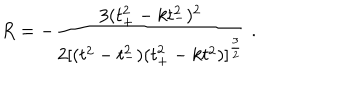
R = - \frac { 3 ( t _ { + } ^ { 2 } - k t _ { - } ^ { 2 } ) ^ { 2 } } { 2 [ ( t ^ { 2 } - t _ { - } ^ { 2 } ) ( t _ { + } ^ { 2 } - k t ^ { 2 } ) ] ^ { \frac { 3 } { 2 } } } \ .